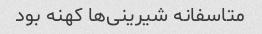
متاسفانه شیرینی‌ها کهنه بود